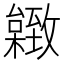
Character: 𦥐